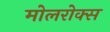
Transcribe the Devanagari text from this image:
मोलरोक्स